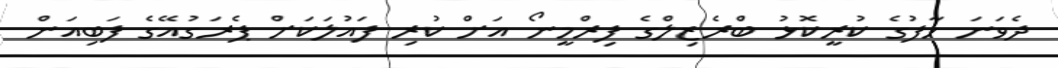
ދެވަނަ ހާފުގެ ކުރީކޮޅު ބްރެޒިލްގެ ފިރްމީނޯ އަށް ކުރި ފައުލަކަށް ޕެރަގުއޭގެ ފަބިއަން